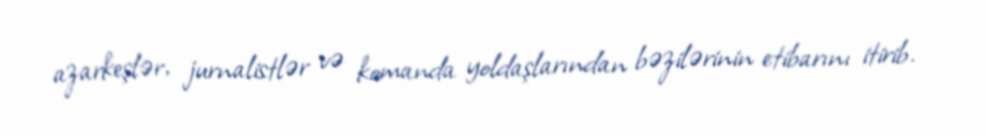
azarkeşlər, jurnalistlər və komanda yoldaşlarından bəzilərinin etibarını itirib.